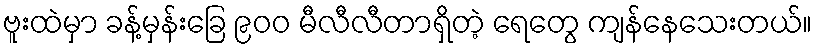
ဗူးထဲမှာ ခန့်မှန်းခြေ ၉၀၀ မီလီလီတာရှိတဲ့ ရေတွေ ကျန်နေသေးတယ်။